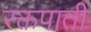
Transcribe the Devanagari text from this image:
रक्तपाती